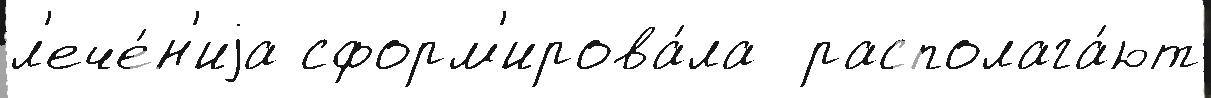
л'ече́н'иjа сформ'ирова́ла  располага́ют